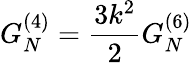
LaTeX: G_{N}^{(4)}=\frac{3k^{2}}{2}G_{N}^{(6)}